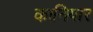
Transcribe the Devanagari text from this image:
कानियार